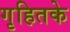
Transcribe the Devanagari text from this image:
गृहितके